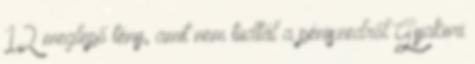
12 meglepő tény, amit nem tudtál a péniszedről Gyakori